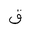
Letter: _qaf